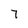
Character: 7